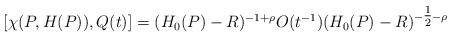
LaTeX: \begin{align*} [\chi(P,H(P)),Q(t)]=(H_0(P)-R)^{-1+\rho}O(t^{-1})(H_0(P)-R)^{-\tfrac{1}{2}-\rho} \end{align*}